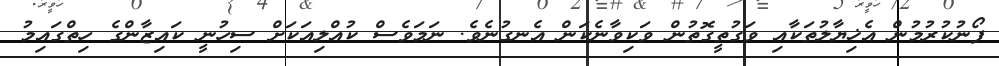
ފޯނުކުރުމުން އެޚިޔާލުތަކާއި ވަގުތީގޮތުން ވަކިވާނެކަން އެނގުނެވެ. ނަމަވެސް ކުއްލިއަކަށް ސިހުނީ ކައިޒާންގެ ހިތްގައިމު